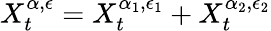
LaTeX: X_{t}^{\alpha,\epsilon}=X_{t}^{\alpha_{1},\epsilon_{1}}+X_{t}^{\alpha_{2},\epsilon_{2}}